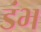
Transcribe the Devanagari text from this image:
डंभ